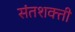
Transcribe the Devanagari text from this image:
संतशक्ती